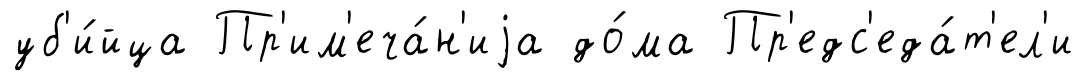
уб'и́йца Пр'им'еча́н'иjа до́ма Пр'едс'еда́т'ел'и